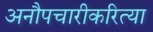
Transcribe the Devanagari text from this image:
अनौपचारीकरित्या